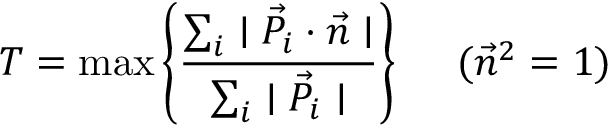
T = \mathrm { m a x } \left\{ \frac { \sum _ { i } \mid \vec { P } _ { i } \cdot \vec { n } \mid } { \sum _ { i } \mid \vec { P } _ { i } \mid } \right\} ~ ~ ~ ~ ( \vec { n } ^ { 2 } = 1 )